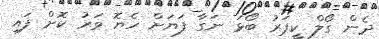
ދެން ގޯލް ކީޕަރު ބޯޅަ ނަގާ ފަޔަށް ހެޔޮ ވަރު ކޮށް ފައި